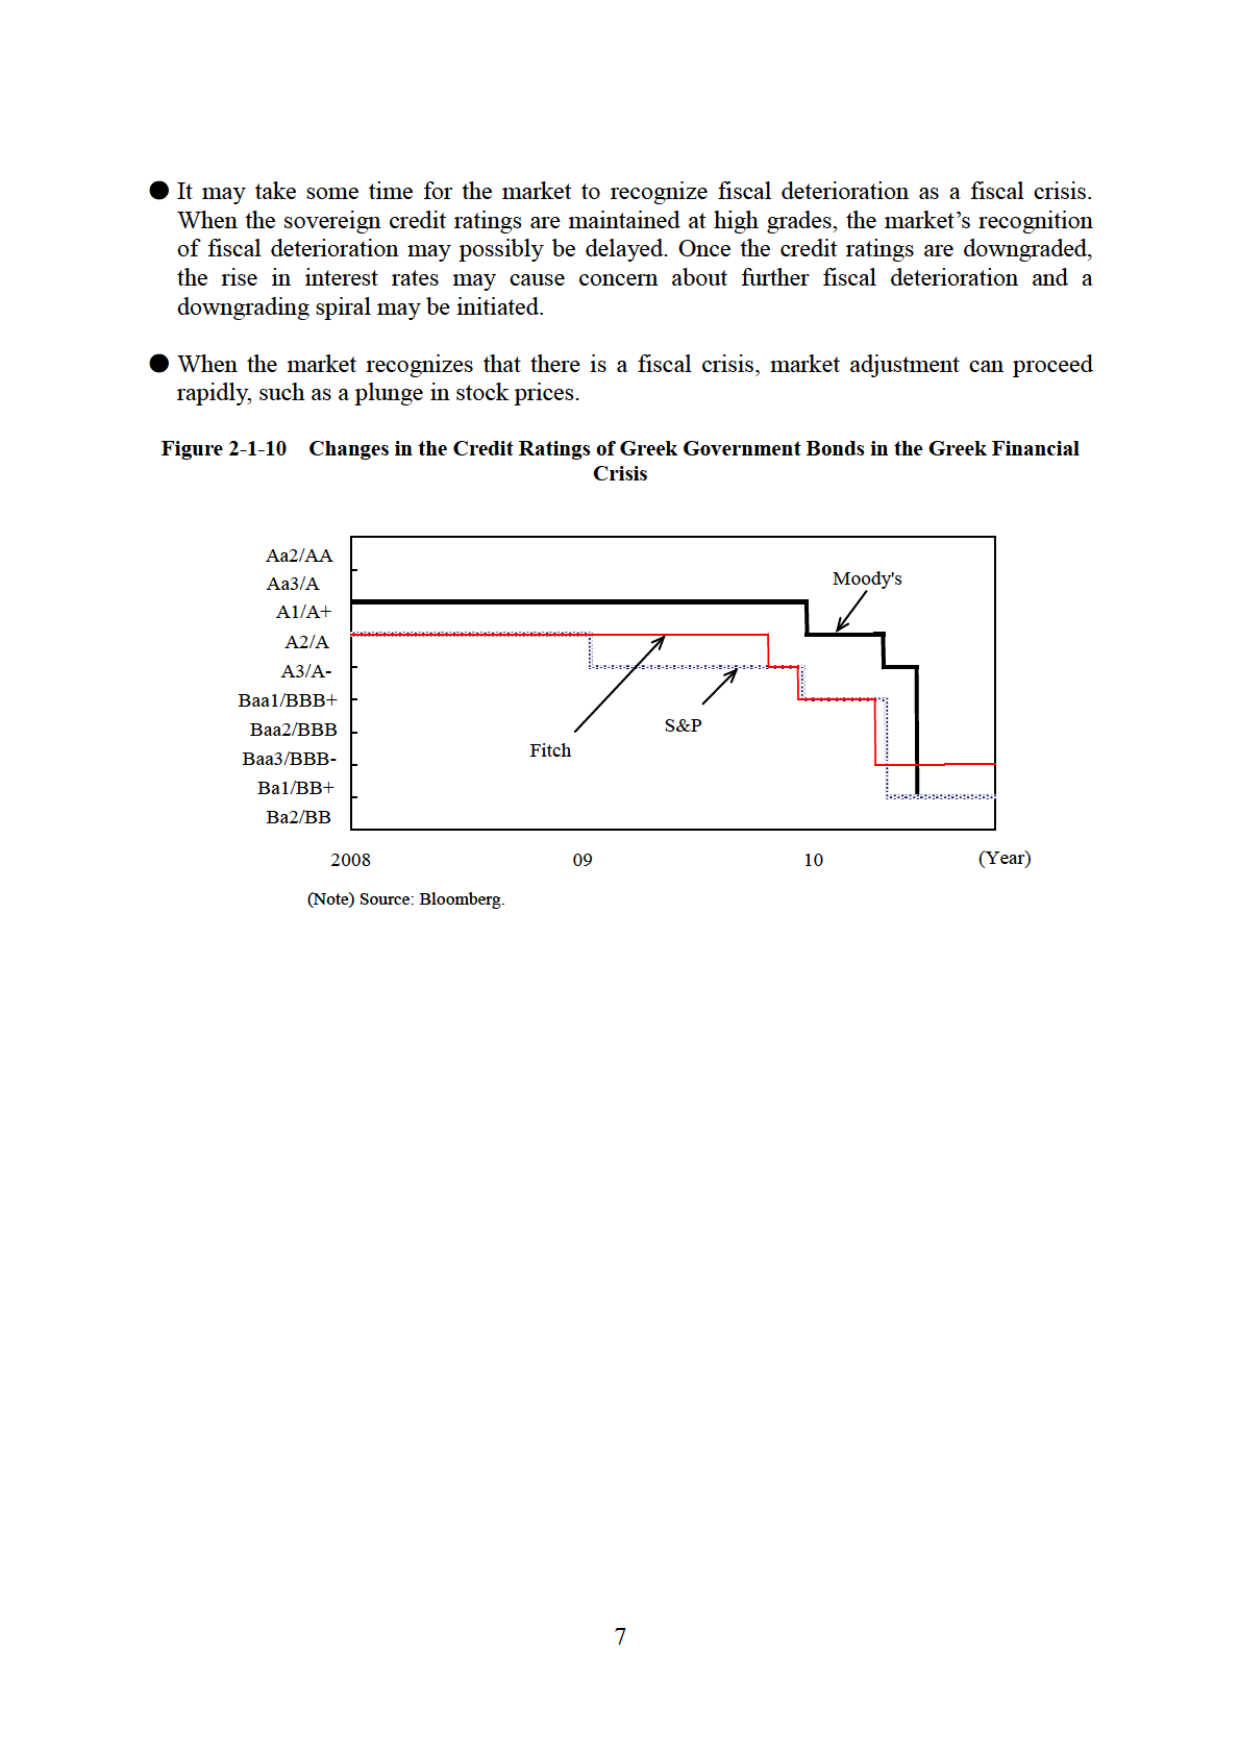
● It may take some time for the market to recognize fiscal deterioration as a fiscal crisis. When the sovereign credit ratings are maintained at high grades, the market’s recognition of fiscal deterioration may possibly be delayed. Once the credit ratings are downgraded, the rise in interest rates may cause concern about further fiscal deterioration and a downgrading spiral may be initiated.

● When the market recognizes that there is a fiscal crisis, market adjustment can proceed rapidly, such as a plunge in stock prices.

Figure 2-1-10 Changes in the Credit Ratings of Greek Government Bonds in the Greek Financial Crisis

Aa2/AA
Aa3/A
A1/A+
A2/A
A3/A-
Baa1/BBB+
Baa2/BBB
Baa3/BBB-
Ba1/BB+
Ba2/BB

2008 09 10 (Year)

Moody's
Fitch
S&P

(Note) Source: Bloomberg.

7